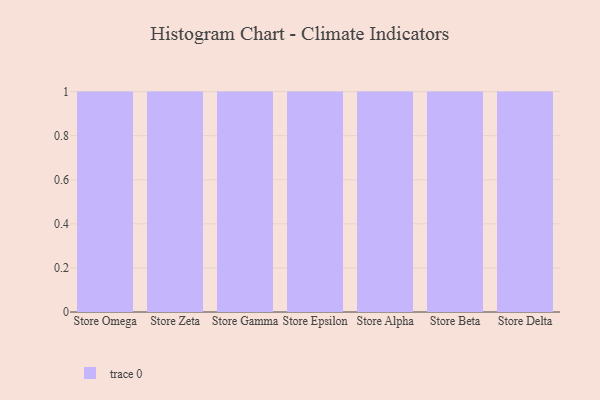
{"axis": {"x": "Store", "y": "Operating Costs (USD K)"}, "legend": [""], "data": [{"x": "Store Omega", "y": 54, "type": ""}, {"x": "Store Zeta", "y": 12, "type": ""}, {"x": "Store Gamma", "y": 55, "type": ""}, {"x": "Store Epsilon", "y": 8, "type": ""}, {"x": "Store Alpha", "y": 68, "type": ""}, {"x": "Store Beta", "y": 57, "type": ""}, {"x": "Store Delta", "y": 45, "type": ""}]}